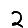
Digit: 2